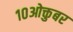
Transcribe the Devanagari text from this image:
१०ओक्तुबर